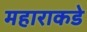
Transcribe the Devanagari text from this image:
महाराकडे